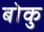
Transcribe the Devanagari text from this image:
बोकु